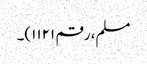
مسلم، رقم ۱۱۲۱)۔